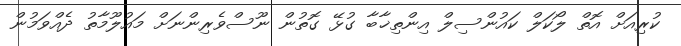
ކުރިއަށް އޮތް ލޯކަލް ކައުންސިލް އިންތިޚާބާ ގުޅޭ ގޮތުން ނޫސްވެރިންނަށް މައުލޫމާތު ދެއްވަމުން